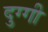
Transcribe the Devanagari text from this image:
दुग्गी